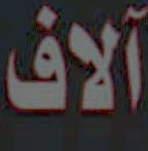
آلاف